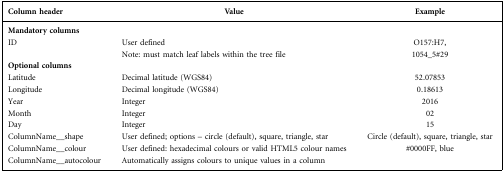
<table><thead><tr><td><b>Column header</b></td><td><b>Value</b></td><td><b>Example</b></td></tr></thead><tbody><tr><td><b>Mandatory columns</b></td><td></td><td></td></tr><tr><td>ID</td><td>User defined Note: must match leaf labels within the tree file</td><td>O157:H7, 1054_5#29</td></tr><tr><td><b>Optional columns</b></td><td></td><td></td></tr><tr><td>Latitude</td><td>Decimal latitude (WGS84)</td><td>52.07853</td></tr><tr><td>Longitude</td><td>Decimal longitude (WGS84)</td><td>0.18613</td></tr><tr><td>Year</td><td>Integer</td><td>2016</td></tr><tr><td>Month</td><td>Integer</td><td>02</td></tr><tr><td>Day</td><td>Integer</td><td>15</td></tr><tr><td>ColumnName__shape</td><td>User defined; options – circle (default), square, triangle, star</td><td>Circle (default), square, triangle, star</td></tr><tr><td>ColumnName__colour</td><td>User defined: hexadecimal colours or valid HTML5 colour names</td><td>#0000FF, blue</td></tr><tr><td>ColumnName__autocolour</td><td>Automatically assigns colours to unique values in a column</td><td></td></tr></tbody></table>